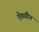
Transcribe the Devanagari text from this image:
ऐतगीन